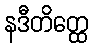
နဒီတိတ္ထေ